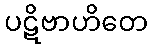
ပဋိဗာဟိတေ